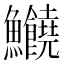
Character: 𩽸